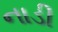
નાડી